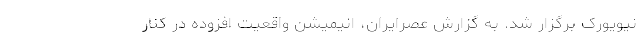
نیویورک برگزار شد. به گزارش عصرایران، انیمیشن واقعیت افزوده در کنار